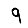
Digit: 9